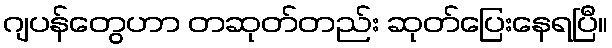
ဂျပန်တွေဟာ တဆုတ်တည်း ဆုတ်ပြေးနေရပြီ။